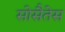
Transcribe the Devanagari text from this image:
सोसैतेस